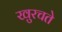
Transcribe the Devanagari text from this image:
खुरचते